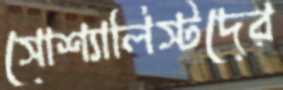
সোশ্যালিস্টদের